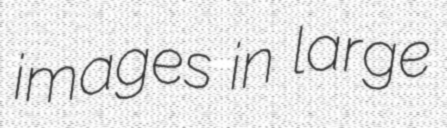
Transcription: images in large